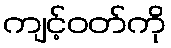
ကျင့်ဝတ်ကို